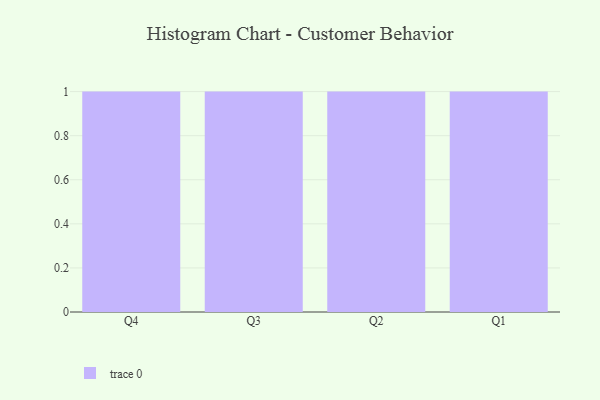
{"axis": {"x": "Quarter", "y": "Market Share (%)"}, "legend": [""], "data": [{"x": "Q4", "y": 63, "type": ""}, {"x": "Q3", "y": 80, "type": ""}, {"x": "Q2", "y": 12, "type": ""}, {"x": "Q1", "y": 42, "type": ""}]}